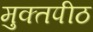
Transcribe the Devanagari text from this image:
मुक्‍तपीठ